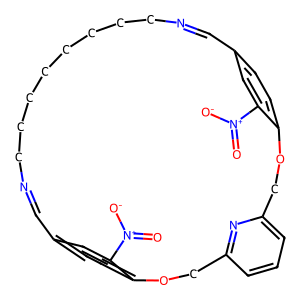
SMILES: O=[N+]([O-])c1cc2ccc1OCc1cccc(n1)COc1ccc(cc1[N+](=O)[O-])C=NCCCCCCCCN=C2
Inhibits HIV replication: No